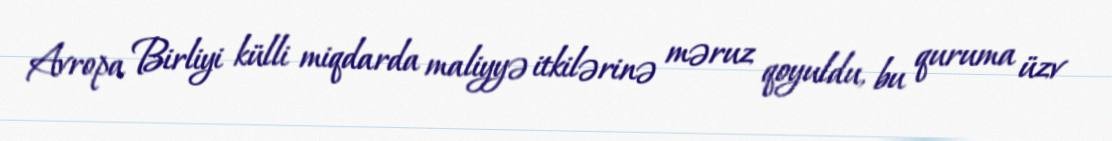
Avropa Birliyi külli miqdarda maliyyə itkilərinə məruz qoyuldu, bu quruma üzv